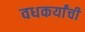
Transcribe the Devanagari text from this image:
वधकर्यांची